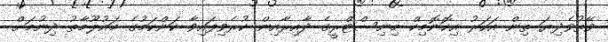
ވޭތުވެދިޔަ ތިން އަހަރު އިކޮނޮމިކް މިނިސްޓްރީގެ ދާއިރާއިން ކުރެވިފައިވާ ކަންކަމުގެ މައުލޫމާތު ދިނުމަށް